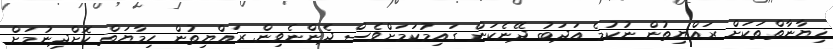
ޚިޔާނާތްތަކަށް ރައްޔިތުން ނުކުމެ އަދަބު ދޭނެކަން ގައިމުކަމަށްވެސް ދެންނެވިން. ރައްޔިތުން ހިމާޔަތް ކޮށްދިނުމަށް